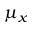
\mu _ { x }